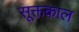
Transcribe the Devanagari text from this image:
सूक्तकाल